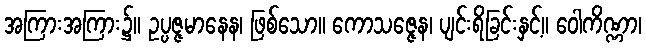
အကြားအကြား၌။ ဥပ္ပဇ္ဇမာနေန၊ ဖြစ်သော။ ကောသဇ္ဇေန၊ ပျင်းရိခြင်းနှင့်။ ဝေါကိဏ္ဏာ၊